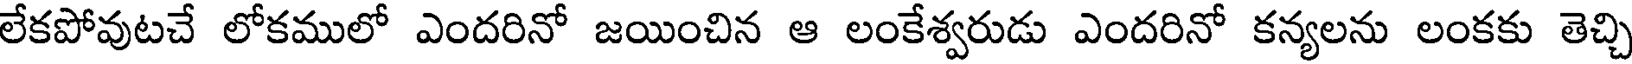
లేకపోవుటచే లోకములో ఎందరినో జయించిన ఆ లంకేశ్వరుడు ఎందరినో కన్యలను లంకకు తెచ్చి